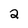
Character: 2